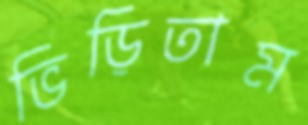
ভিড়িতাম